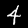
Digit: 4